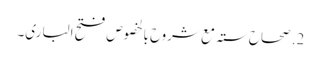
2. صحاح ستہ مع شروح بالخصوص فتح الباری۔